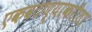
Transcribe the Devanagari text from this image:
एकवटण्याकरीता